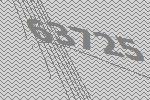
63725